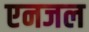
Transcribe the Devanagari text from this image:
एनजल